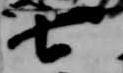
七